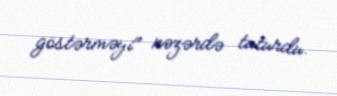
göstərməyi" nəzərdə tuturdu.